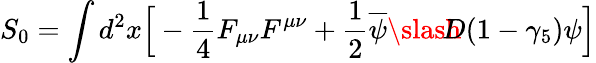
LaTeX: S_{0}=\int d^{2}x\Big[-{\frac{1}{4}}F_{\mu\nu}F^{\mu\nu}+{\frac{1}{2}}\overline{{\psi}}{\slash\! \! \! \! D}(1-\gamma_{5})\psi\Big]